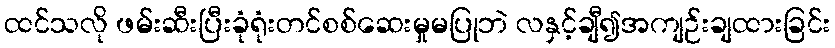
ထင်သလို ဖမ်းဆီးပြီးခုံရုံးတင်စစ်ဆေးမှုမပြုဘဲ လနှင့်ချီ၍အကျဉ်းချထားခြင်း